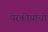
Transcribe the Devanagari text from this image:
परकीयांची